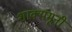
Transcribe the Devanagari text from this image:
शाक्यमूनी